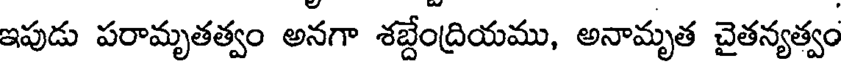
ఇపుడు పరామృతత్వం అనగా శబ్దేంద్రియము, అనామృత చైతన్యత్వం